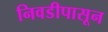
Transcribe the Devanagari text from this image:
निवडीपासून